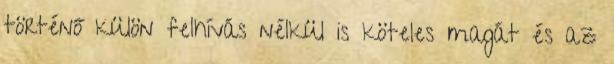
történő külön felhívás nélkül is köteles magát és az